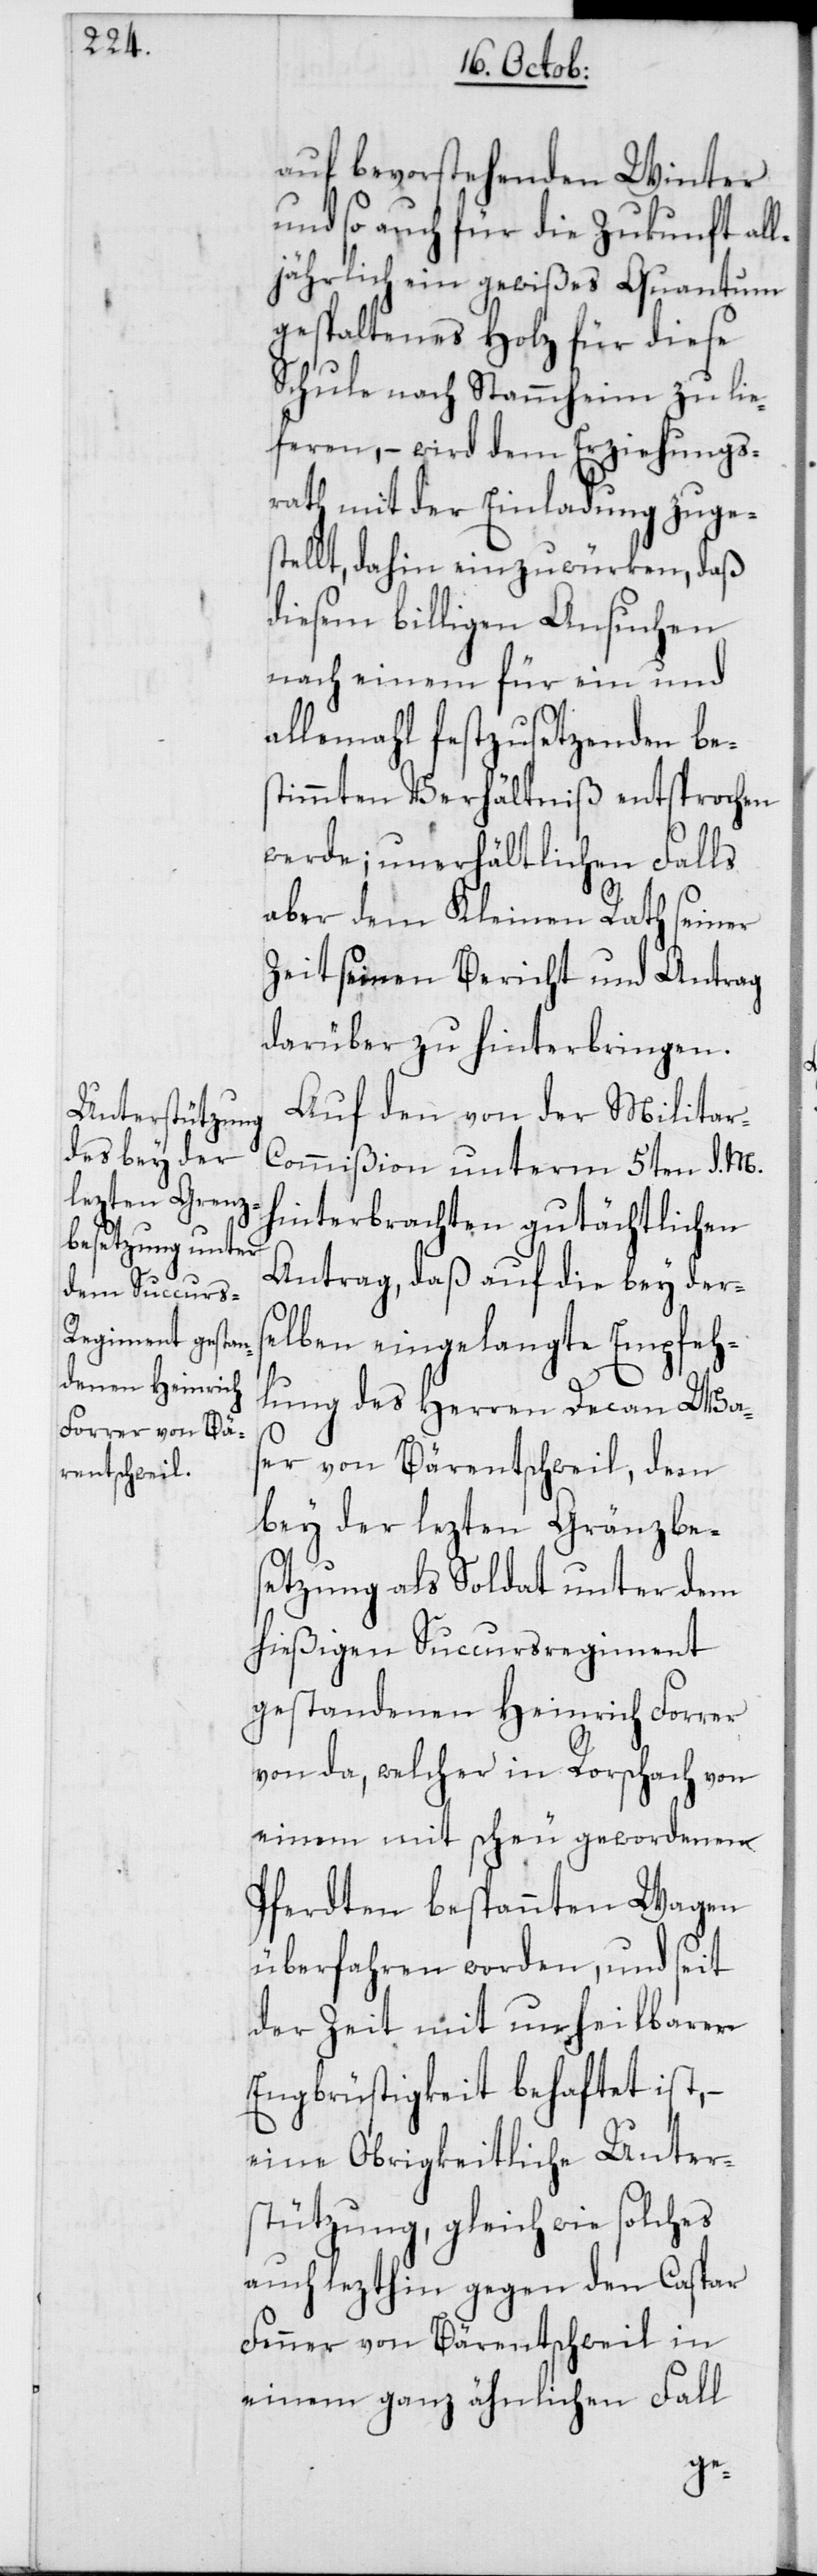
auf bevorstehenden Winter
und so auch für die Zukunft, al¬
ljährlich ein gewißes Quantum
gespaltenes Holz für diese
Schule nach Stammheim zu lie¬
feren, – wird dem Erziehungs¬
rath mit der Einladung zuge¬
stellt, dahin einzuwürken, daß
diesem billigen Ansuchen
nach einem für ein und
allemal festzusetzenden bes¬
timmten Verhältnis entsprochen
werde, unerhältlichen Falls
aber dem Kleinen Rath seiner
Zeit seinen Bericht und Antrag
darüber zu hinterbringen.
Auf den von der Militar-C¬
ommißion unterm 5ten d. M.
hinterbrachten gutächtlichen
Antrag, daß auf die bey ders¬
elben eingelangte Empfeh¬
lung des Herren Decan Wa¬
ser von Bärentschweil, dem
bey der lezten Gränzbe¬
setzung als Soldat unter dem
hießigen Succursregiment
gestandenen Heinrich Forrer
von da, welcher in Rorschach von
einem mit scheu gewordenen
Pferdten bespannten Wagen
überfahren worden, und seit
der Zeit mit unheilbarer
Engbrüstigkeit behaftet ist, –
eine Obrigkeitliche Unter¬
stützung, gleich wie solches
auch lezthin gegen den Caspar
Fenner von Bärentschweil in
einem ganz ähnlichen Fall